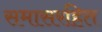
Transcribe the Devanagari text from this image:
समासरहित